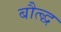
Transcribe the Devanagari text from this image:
बौत्द्ध